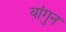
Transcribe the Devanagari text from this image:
यांगुन